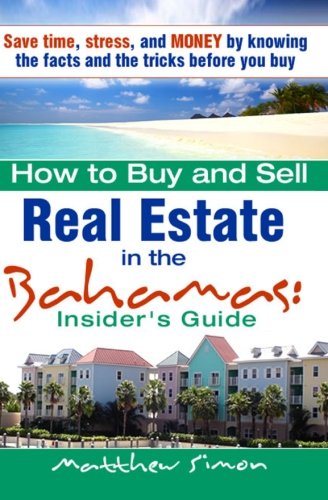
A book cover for How To Buy And Sell Real Estate In The Bahamas: Insider's Guide; Matthew Simon; Travel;